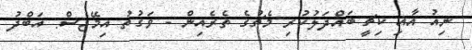
ނިއު އާއި ކިޗީ ބައްދަލުކުރި މެޗުގެ ތެރެއިން - ވަގުތު އިމޭޖެސް: އަބްދު